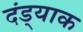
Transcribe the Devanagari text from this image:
दंड्याक